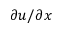
\partial u / \partial x